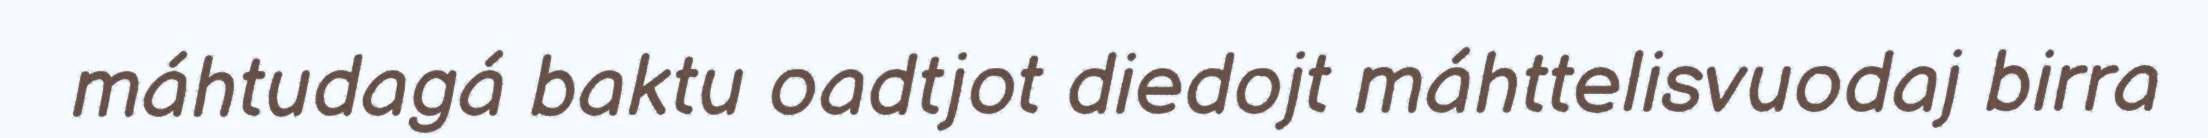
máhtudagá baktu oadtjot diedojt máhttelisvuodaj birra